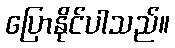
ပြောနိုင်ပါသည်။